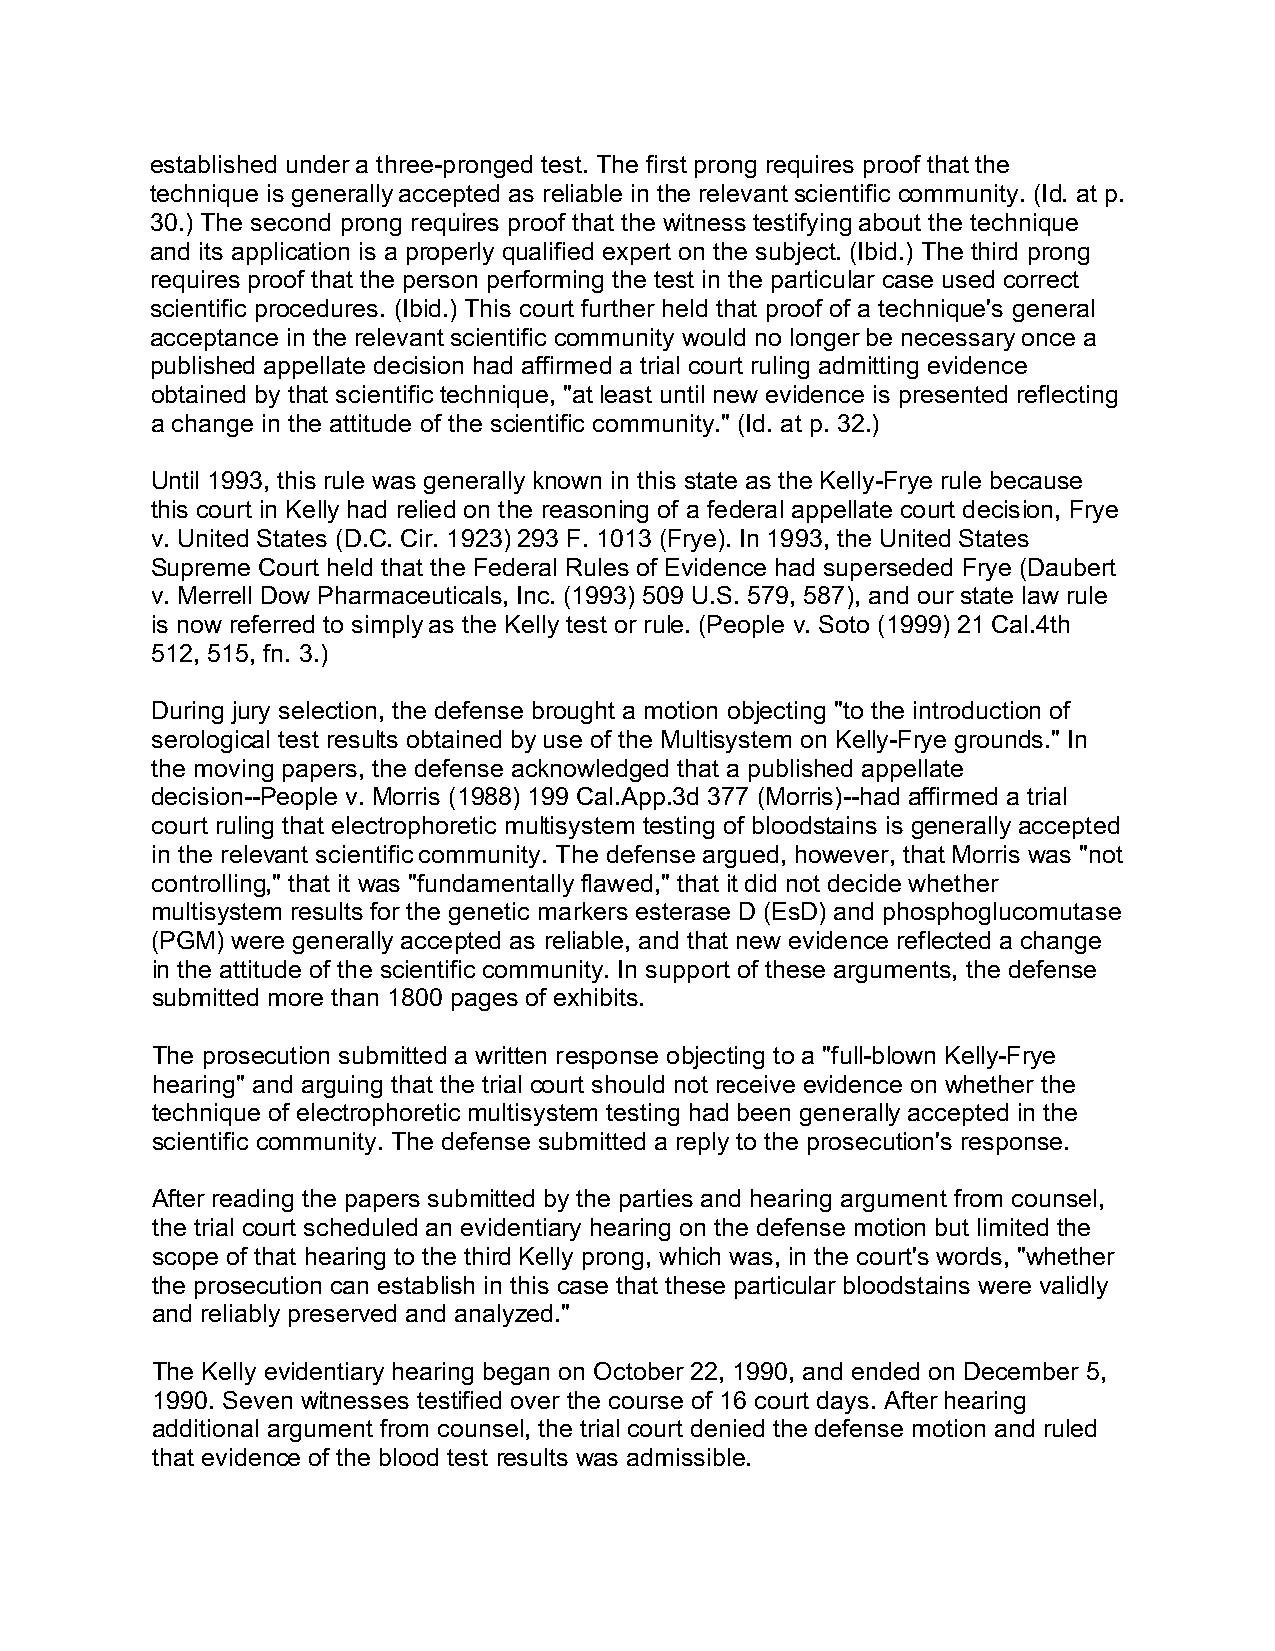
established under a three-pronged test. The first prong requires proof that the
 technique is generally accepted as reliable in the relevant scientific community. (Id. at p.
 30.) The second prong requires proof that the witness testifying about the technique
 and its application is a properly qualified expert on the subject. (Ibid.) The third prong
 requires proof that the person performing the test in the particular case used correct
 scientific procedures. (Ibid.) This court further held that proof of a technique's general
 acceptance in the relevant scientific community would no longer be necessary once a
 published appellate decision had affirmed a trial court ruling admitting evidence
 obtained by that scientific technique, "at least until new evidence is presented reflecting
 a change in the attitude of the scientific community." (Id. at p. 32.)
 Until 1993, this rule was generally known in this state as the Kelly-Frye rule because
 this court in Kelly had relied on the reasoning of a federal appellate court decision, Frye
 v. United States (D.C. Cir. 1923) 293 F. 1013 (Frye). In 1993, the United States
 Supreme Court held that the Federal Rules of Evidence had superseded Frye (Daubert
 v. Merrell Dow Pharmaceuticals, Inc. (1993) 509 U.S. 579, 587), and our state law rule
 is now referred to simply as the Kelly test or rule. (People v. Soto (1999) 21 Cal.4th
 512, 515, fn. 3.)
 During jury selection, the defense brought a motion objecting "to the introduction of
 serological test results obtained by use of the Multisystem on Kelly-Frye grounds." In
 the moving papers, the defense acknowledged that a published appellate
 decision--People v. Morris (1988) 199 Cal.App.3d 377 (Morris)--had affirmed a trial
 court ruling that electrophoretic multisystem testing of bloodstains is generally accepted
 in the relevant scientific community. The defense argued, however, that Morris was "not
 controlling," that it was "fundamentally flawed," that it did not decide whether
 multisystem results for the genetic markers esterase D (EsD) and phosphoglucomutase
 (PGM) were generally accepted as reliable, and that new evidence reflected a change
 in the attitude of the scientific community. In support of these arguments, the defense
 submitted more than 1800 pages of exhibits.
 The prosecution submitted a written response objecting to a "full-blown Kelly-Frye
 hearing" and arguing that the trial court should not receive evidence on whether the
 technique of electrophoretic multisystem testing had been generally accepted in the
 scientific community. The defense submitted a reply to the prosecution's response.
 After reading the papers submitted by the parties and hearing argument from counsel,
 the trial court scheduled an evidentiary hearing on the defense motion but limited the
 scope of that hearing to the third Kelly prong, which was, in the court's words, "whether
 the prosecution can establish in this case that these particular bloodstains were validly
 and reliably preserved and analyzed."
 The Kelly evidentiary hearing began on October 22, 1990, and ended on December 5,
 1990. Seven witnesses testified over the course of 16 court days. After hearing
 additional argument from counsel, the trial court denied the defense motion and ruled
 that evidence of the blood test results was admissible.